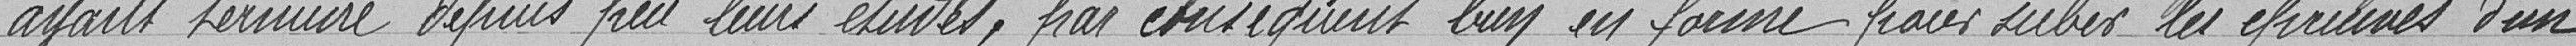
ayant terminé depuis peu leurs études, par conséquent bien en forme pour subir les épreuves d'un